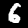
Label: 6